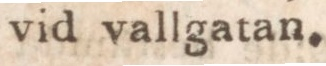
vid vallgatan.